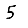
Digit: 5